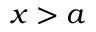
x > a